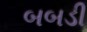
બબડી